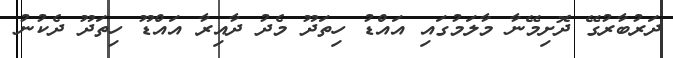
ދަރުބާރުގޭ ދޮށިމޭނާ މާލަމުގައި އައްޑު ހިތަދޫ މެދު ދާއިރާ އައްޑޫ ހިތަދޫ ދެކުނު